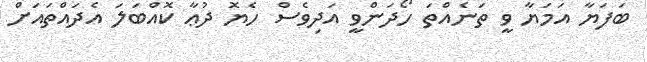
ބަފަޔާ އަމަޔާ ވީ ތަނެއްތަ ހޯދަންވީ އަދިވެސް ހެޔޮ ދުޢާ ކޮއްބަލަ އެދައްތައަށް